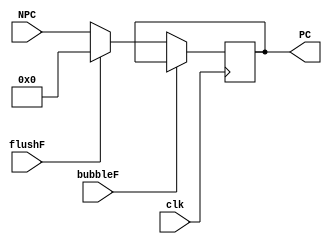
`timescale 1ns / 1ps
//////////////////////////////////////////////////////////////////////////////////
// Company: USTC ESLAB
// 
// Design Name: RV32I Core
// Module Name: PC
// Tool Versions: Vivado 2017.4.1
// Description: RV32I PC Module
// 
//////////////////////////////////////////////////////////////////////////////////


//  
    // 
// 
    // clk               
    // NPC               NPC_Generator
// 
    // PC                
//   
    // 


module PC_IF(
    input wire clk, bubbleF, flushF,
    input wire [31:0] NPC,
    output reg [31:0] PC
    );

    initial PC = 0;
    
    always@(posedge clk)
        if (!bubbleF) 
        begin
            if (flushF)
                PC <= 0;
            else 
                PC <= NPC;
        end
    

endmodule